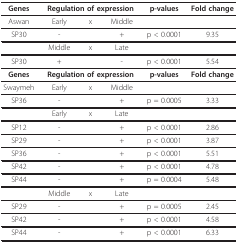
| Genes | <COLSPAN=3> Regulation of expression | p-values | Fold change |
 | --- | --- | --- | --- | --- | --- |
 | Aswan | Early | x | Middle |  |  |
 | SP30 | - |  | + | p < 0.0001 | 9.35 |
 |  | Middle | x | Late |  |  |
 | SP30 | + |  | - | p < 0.0001 | 5.54 |
 | Genes | <COLSPAN=3> Regulation of expression | p-values | Fold change |
 | Swaymeh | Early | x | Middle |  |  |
 | SP36 | - |  | + | p = 0.0005 | 3.33 |
 |  | Early | x | Late |  |  |
 | SP12 | - |  | + | p < 0.0001 | 2.86 |
 | SP29 | - |  | + | p < 0.0001 | 3.87 |
 | SP36 | - |  | + | p < 0.0001 | 5.51 |
 | SP42 | - |  | + | p < 0.0001 | 4.78 |
 | SP44 | - |  | + | p = 0.0004 | 5.48 |
 |  | Middle | x | Late |  |  |
 | SP29 | - |  | + | p = 0.0005 | 2.45 |
 | SP42 | - |  | + | p < 0.0001 | 4.58 |
 | SP44 | - |  | + | p < 0.0001 | 6.33 |